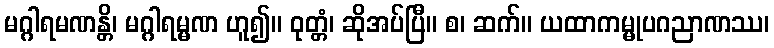
မဂ္ဂါရမဏန္တိ၊ မဂ္ဂါရမ္မဏ ဟူ၍။ ဝုတ္တံ၊ ဆိုအပ်ပြီ။ စ၊ ဆက်။ ယထာကမ္မုပဂညာဏဿ၊